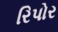
રિપોર